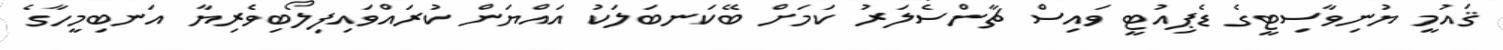
ޤައުމީ ޔުނިވާސިޓީގެ ޑެޕިއުޓީ ވައިސް ޗާންސެލަރު ކަމަށް ބޭކަނބަލަކު އައްޔަން ކުރައްވައިފިލޯބިވެރިޔާ އަނބިމީހާގެ